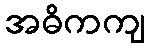
အဓိကကျ